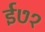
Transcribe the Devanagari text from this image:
ई७१